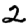
Digit: 2